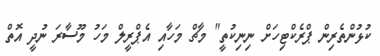
ކުޅުންތެރިން ޕްރެކްޓިހަށް ނިނިކުތީ" މާޗް މަހާއި އެޕްރީލް މަހު މޫސާރަ ނުދީ އޮތް